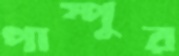
পাম্পুর